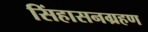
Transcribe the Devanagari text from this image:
सिंहासनग्रहण